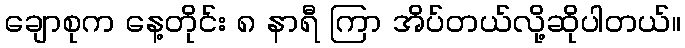
ချောစုက နေ့တိုင်း ၈ နာရီ ကြာ အိပ်တယ်လို့ဆိုပါတယ်။